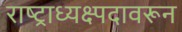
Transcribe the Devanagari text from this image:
राष्ट्राध्यक्ष्पदावरून